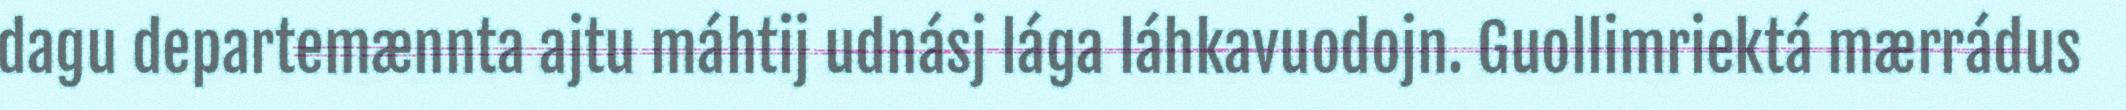
dagu departemænnta ajtu máhtij udnásj lága láhkavuodojn. Guollimriektá mærrádus